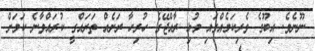
ނޫނެވެ. އިބޫގެ ވެރިކަމެއްގައި މުޅި ރާއްޖޭގެ ހުރިހާ ރަށެއް ތަރައްގީ ކުރައްވާނެ ކަމަށް